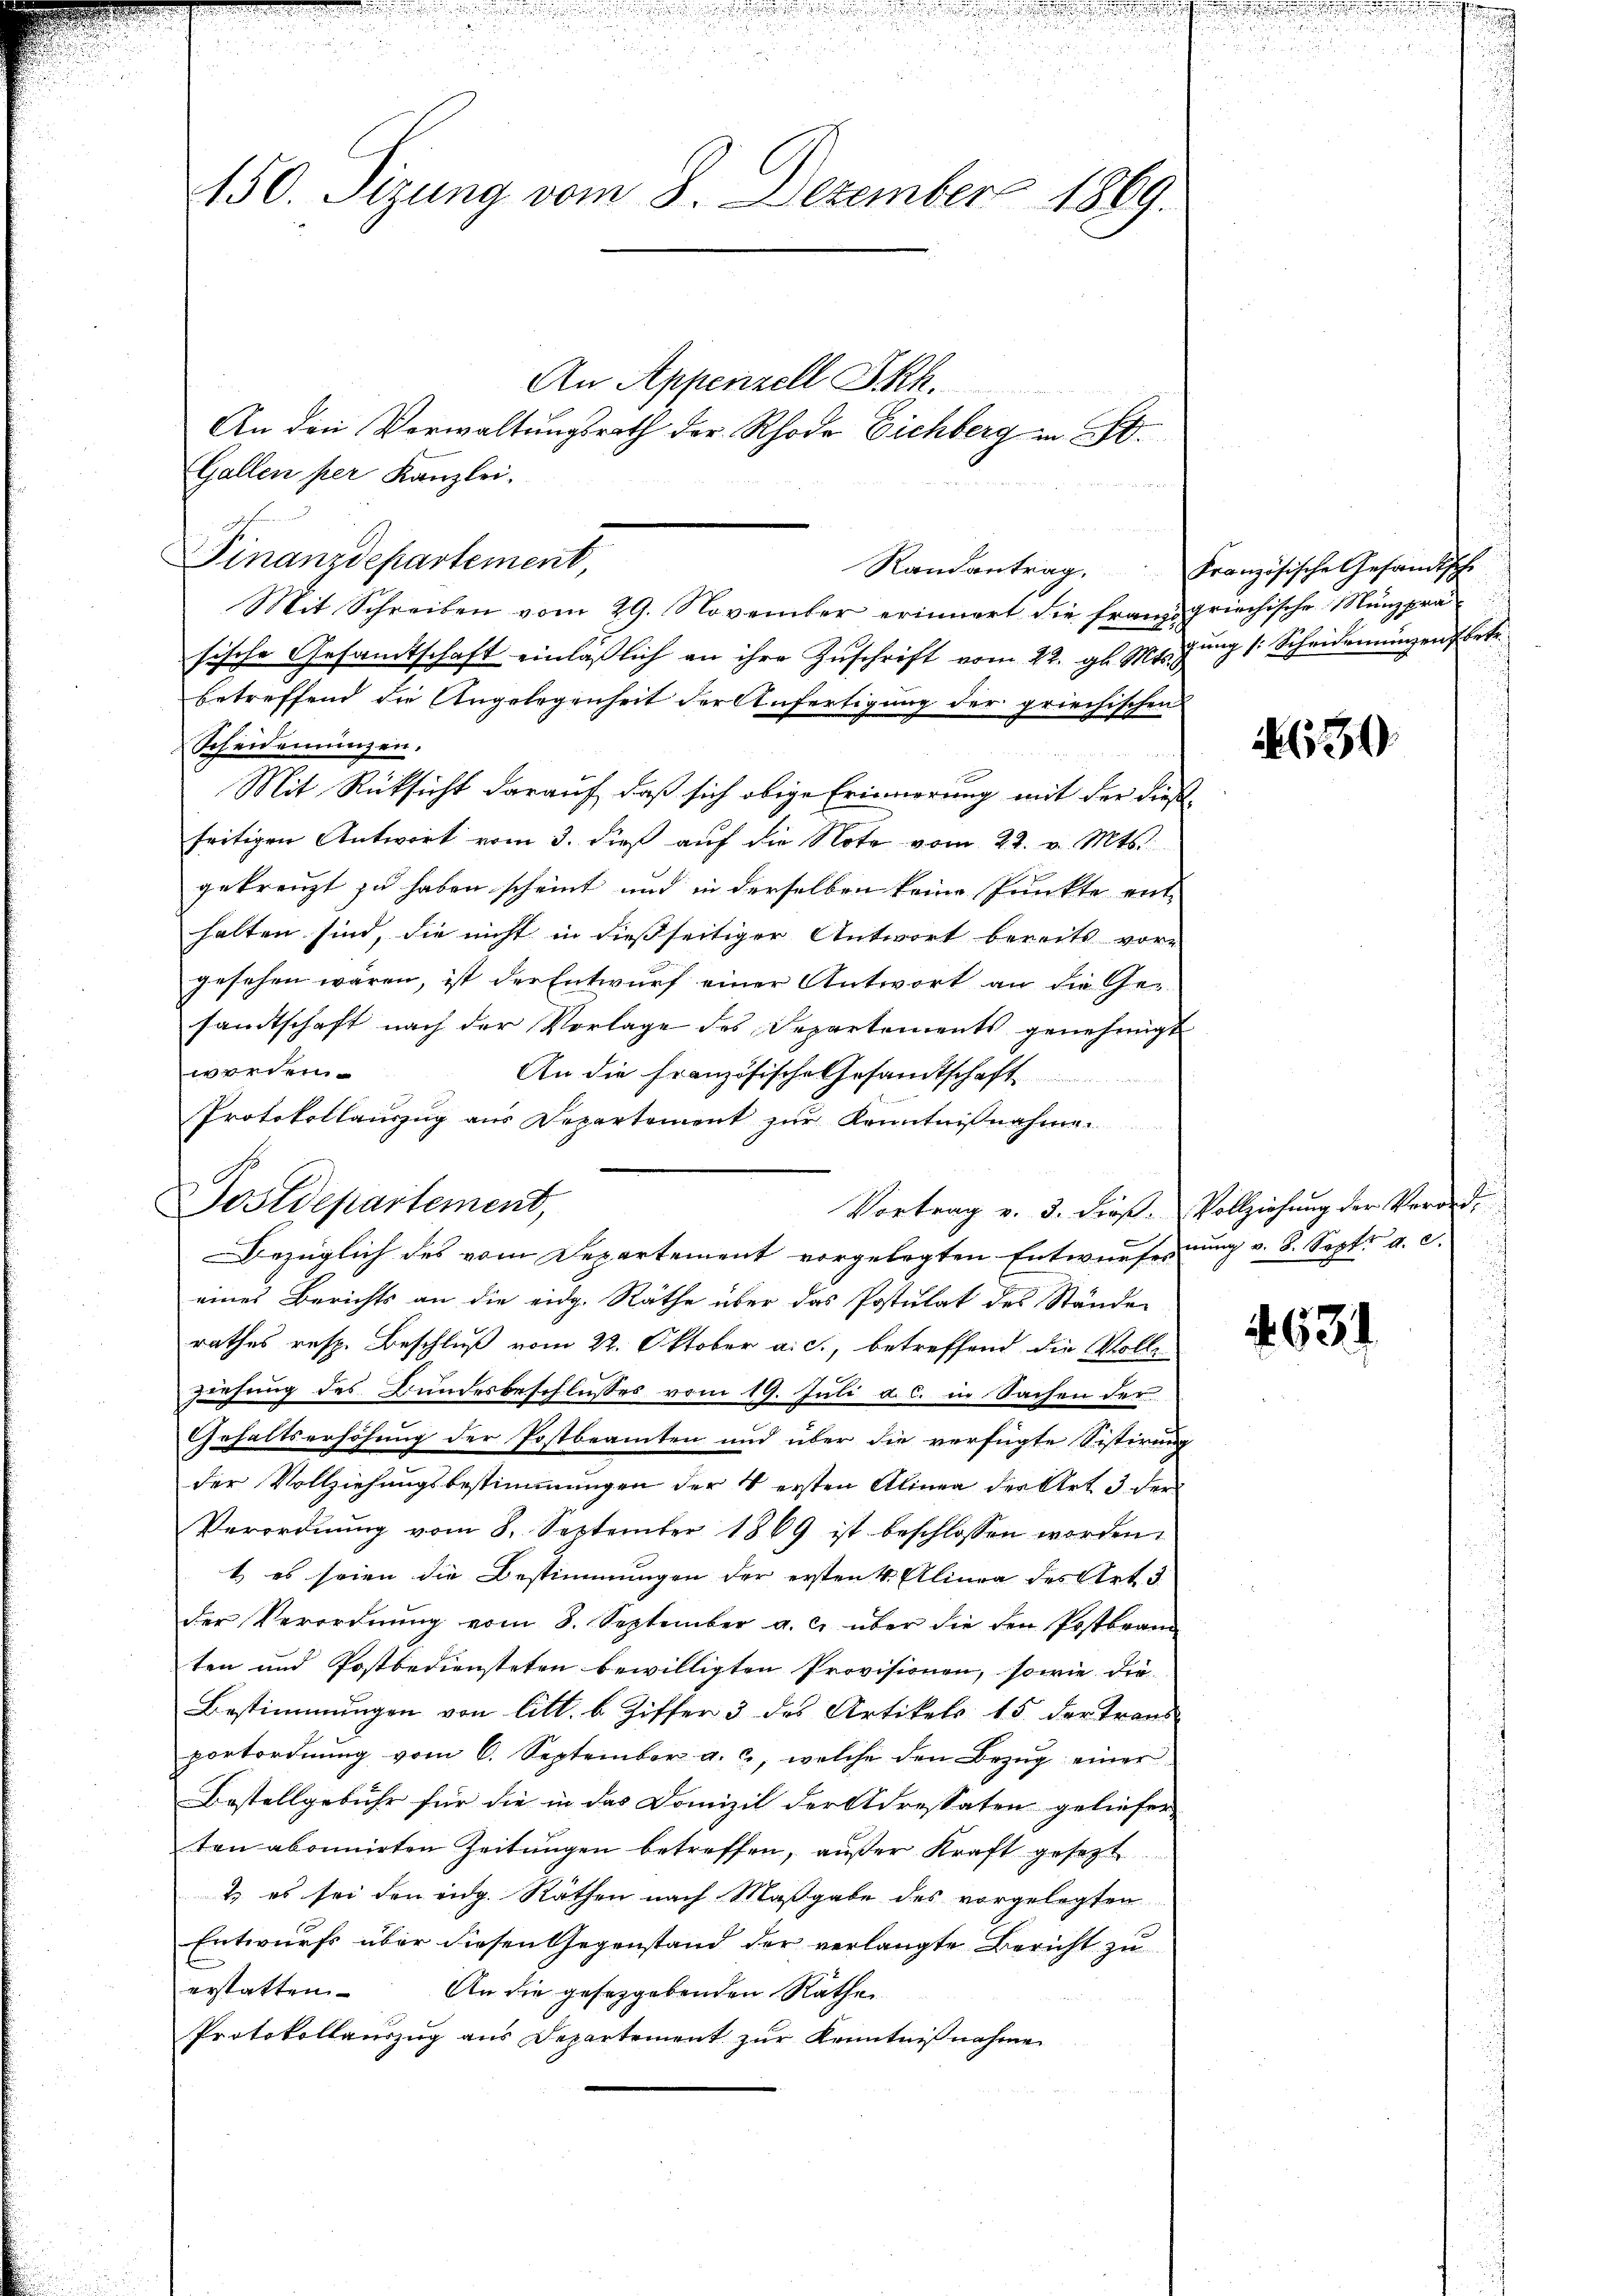
n

450. Sizung vom 8. Dezember 1869.

An den Vorwaltungsrath der Rhode Eichberg in St.
Gallen per Kanzlei.
Mit Schreiben vom 29. November erinnert die franz griechische Münzprä
sische Gesamtschaft einlaβlich an ihre Zuschrift vom 22. gl. Mts. Zŭng /: Scheidemünzen betr.
betreffend die Angelegenheit der Anfertigung der griechischen
Scheidemünzen.
Mit Rücksicht darauf, daß sich obige Erinnerung mit der dießseitigen Antwort vom 3. dieß auf die Note vom 22. v. Mts.
gekreuzt zu haben scheint und in derselben keine Punkte ent-
halten sind, die nicht in dießseitiger Antwort bereits vor-
gesehen wären, ist der Entwurf einer Antwort an die Ge-
sandtschaft nach der Vorlage des Departements genehmigt
werden.
An die Französische Gesamtschaft
Protokollaŭszŭg aŭs Departement zŭr Kenntniβnahme.
Vortrag v. 3. dieß. Vollziehung der Verord¬
Bezüglich des vom Departement vorgelegten Entwurfessung v. 8. Sept. a. c.
eines Berichts an die eidg. Räthe über das Postulat des Stände
rathes resp. Beschluß vom 22. Oktober a. c., betreffend die Vollziehung des Bundesbeschlusses vom 19. Juli a. c. in Sachen der
Gehaltserhöhung der Postbeamten und über die verfügte Sistirung
der Vollziehungsbestimmungen der 4 ersten Alinea der Art 3 der
Verordnŭng vom 8. September 1869 ist beschlossen worden,
t es seien die Bestimmungen der ersten 4. Alinea des Art. 3
der Verordnŭng vom 8. September a. c. über die den Postbrann
ten und Postbediensteten bewilligten Provisionen, sowie die
Bestimmungen von litt. b. Ziffer 3 des Artikels 15 der Trans
portordnŭng vom 6. September a. c. welche den Bezŭg einer
Bestellgebühr für die in das Domizil der Adressaten geliefer
ten abonnirten Zeitungen betreffen, außer Kraft gesezt
& es sei den eidg. Räthen nach Maßgabe des vorgelegten
Entwurfs über diesen Gegenstand der verlangte Bericht zu
erstatten. An die gesetzgebenden Räthe
Protokollauszug aus Departement zur Kenntnißnahme

Finanzdepartement,

Postdepartement,

An Appenzell I.Rh.

Randantrag.

xx

Französische Gesandtsche

.

252.

39

J

634